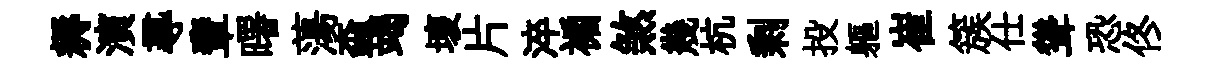
耨演𡬶輩曙蕩螙竭壞片淬褊煞幾杭剰投軀崔簇仕聳恐佟